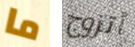
ما أتزوج